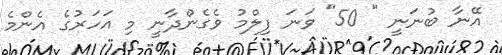
އޭނާ ބުނަނީ " 50" ވަނަ ފިލްމު ވެގެންދާނީ މި އަހަރުގެ އެންމެ